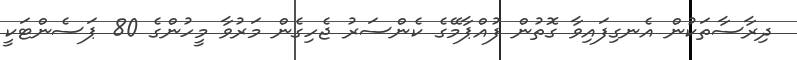
ދިރާސާތަކުން އެނގިފައިވާ ގޮތުން ފުއްޕާމޭގެ ކެންސަރު ޖެހިގެން މަރުވާ މީހުންގެ 80 ޕަސެންޓަކީ